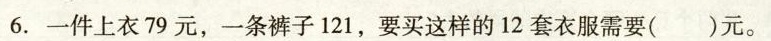
6.一件上衣79元，一条裤子121，要买这样的12套衣服需要()元。